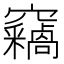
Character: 𫁝